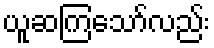
ယူဆကြသော်လည်း